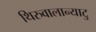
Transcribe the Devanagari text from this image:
थिरुवालान्याटु